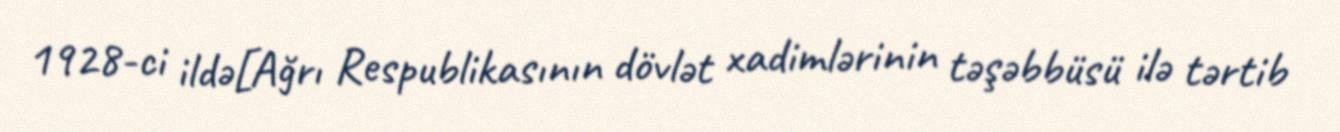
1928-ci ildə[Ağrı Respublikasının dövlət xadimlərinin təşəbbüsü ilə tərtib